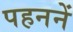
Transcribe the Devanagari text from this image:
पहननें